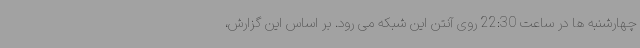
چهارشنبه ها در ساعت 22:30 روی آنتن این شبکه می رود. بر اساس این گزارش،